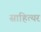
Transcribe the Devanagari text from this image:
साहित्यर